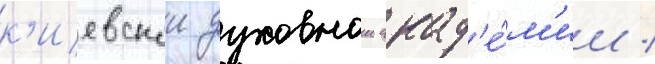
к'иевскои духовнои акад'е́м'ии /